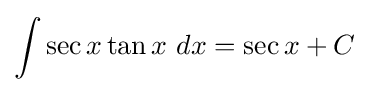
\int \sec {x}\tan {x}\ dx=\sec {x}+C